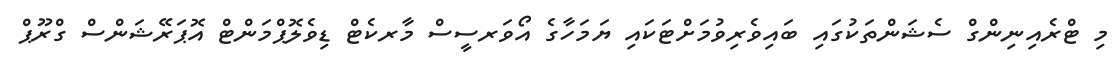
މި ޓްރެއިނިންގް ސެޝަންތަކުގައި ބައިވެރިވުމަށްޓަކައި ޔަމަހާގެ އޯވަރސީސް މާރކެޓް ޑިވެލޮޕްމަންޓް އޮޕަރޭޝަންސް ގްރޫޕް